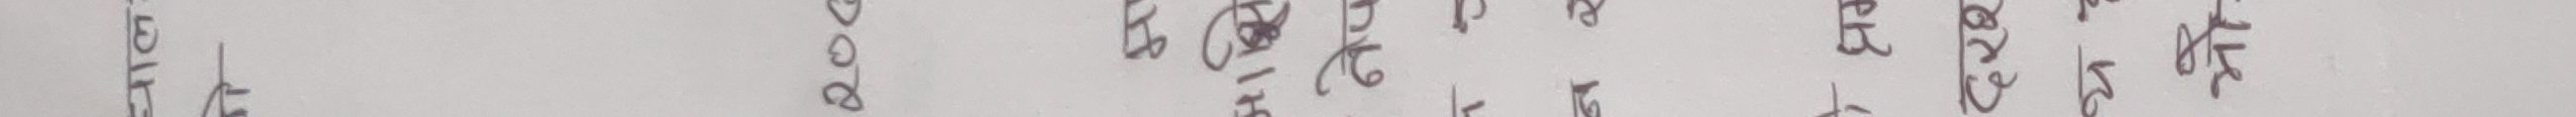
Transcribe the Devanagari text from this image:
प्रसिद्ध भूमि बंगलादेशका राजधानी ढाका हो।